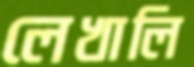
লেখালি